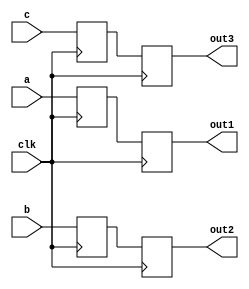
module buffer_delay(
	
	input clk,
	input [3:0] a, input [3:0] b, input [3:0] c,
	output reg [3:0] out1, output reg [3:0] out2, output reg [3:0] out3
	
);

	reg [3:0] a_r, b_r, c_r;

	always @ (posedge clk) begin
		a_r <= a;
		b_r <= b;
		c_r <= c;
		
		out1 <= a_r;
		out2 <= b_r;
		out3 <= c_r;
	end

endmodule